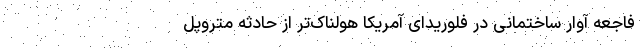
فاجعه آوار ساختمانی در فلوریدای آمریکا هولناک‌تر از حادثه متروپل